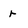
Character: r